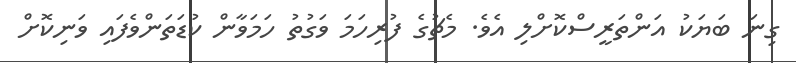
ގިނަ ބަޔަކު އަންތަރީސްކޮށްލި އެވެ. މެޗުގެ ފުރިހަމަ ވަގުތު ހަމަވާން ކުޑަތަންވެފައި ވަނިކޮށް